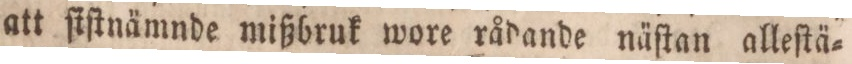
att ſiſtnämnde mißbruk wore rådande näſtan alleſtä=